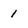
Character: 1